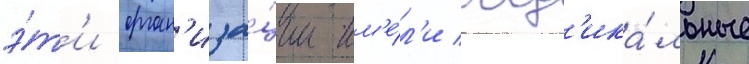
э́т'и орган'иза́ции им'е́л'и рад'ика́льные